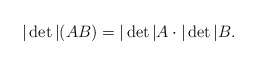
\begin{align*}|\det|(AB)=|\det|A\cdot|\det|B.\end{align*}